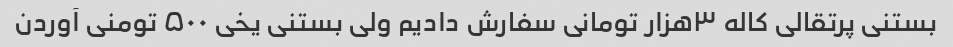
بستنی پرتقالی کاله ۳هزار تومانی سفارش دادیم ولی بستنی یخی ۵۰۰ تومنی آوردن